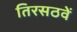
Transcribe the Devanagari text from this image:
तिरसठवें